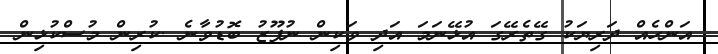
އަންހެއް ދަރިޔަކު ގޭތެރޭގަ އުޅޭނަމަ އަދި ވަކިން ނުފޫޒު ބޮޑުވާނެ .ކުރިން މުސްކުޅިން